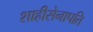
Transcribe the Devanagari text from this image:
शाहीसेनापति